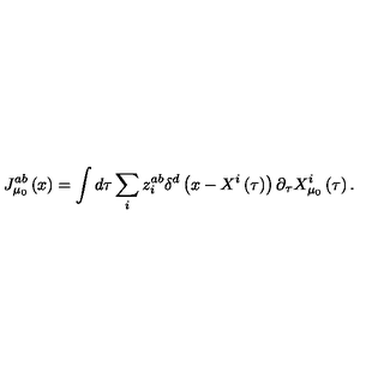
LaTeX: J _ { \mu _ { 0 } } ^ { a b } \left( x \right) = \int d \tau \sum _ { i } z _ { i } ^ { a b } \delta ^ { d } \left( x - X ^ { i } \left( \tau \right) \right) \partial _ { \tau } X _ { \mu _ { 0 } } ^ { i } \left( \tau \right) .